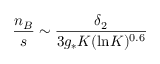
{ \frac { n _ { B } } { s } } \sim { \frac { \delta _ { 2 } } { 3 g _ { * } K ( \mathrm { l n } K ) ^ { 0 . 6 } } }